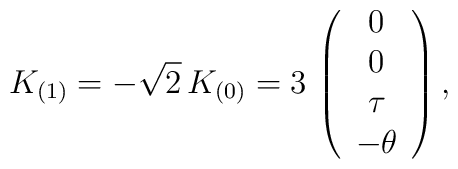
K_{(1)} = - \sqrt{2} \,K_{(0)} = 3 \, \left(\begin{array}{c} 0 \\ 0 \\ \tau \\-\theta  \end{array} \right),